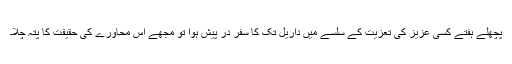
پچھلے ہفتے کسی عزیز کی تعزیت کے سلسے میں داریل تک کا سفر در پیش ہوا تو مجھے اس محاورے کی حٰقیقت کا پتہ چلا۔